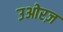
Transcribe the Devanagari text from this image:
उओरज़